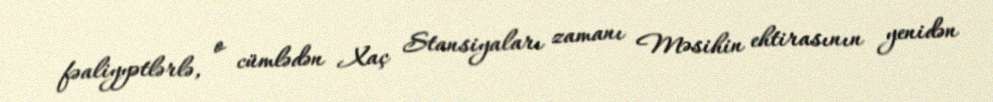
fəaliyyətlərlə, o cümlədən Xaç Stansiyaları zamanı Məsihin ehtirasının yenidən